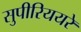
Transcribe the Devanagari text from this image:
सुपीरिययरे